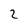
Character: 2